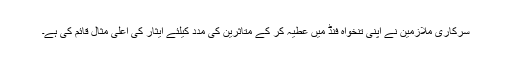
سرکاری ملازمین نے اپنی تنخواہ فنڈ میں عطیہ کر کے متاثرین کی مدد کیلئے ایثار کی اعلی مثال قائم کی ہے۔